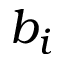
b _ { i }